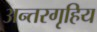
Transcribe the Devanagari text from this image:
अन्तरगृहिय